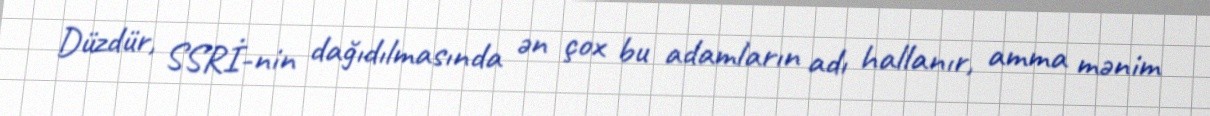
Düzdür, SSRİ-nin dağıdılmasında ən çox bu adamların adı hallanır, amma mənim